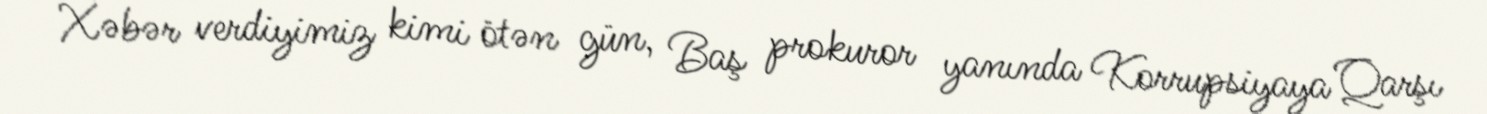
Xəbər verdiyimiz kimi ötən gün, Baş prokuror yanında Korrupsiyaya Qarşı